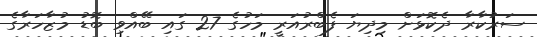
ސަރުކާރާ ދެކޮޅަށް މިދިޔަ ފެބްރުއަރީ މަހުގެ 27 ގައި ބޭއްވި ބޮޑު މުޒާހަރާގެ